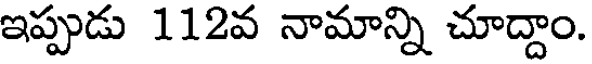
ఇప్పుడు 112వ నామాన్ని చూద్దాం.